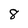
Character: 8